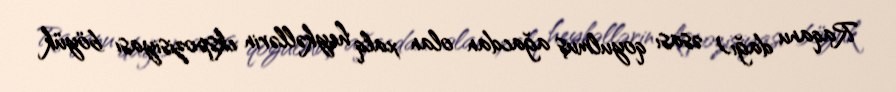
Raqanu dağı) əsası qoyulmuş ağacdan olan xalq heykəllərin ekspozisiyası böyük